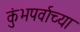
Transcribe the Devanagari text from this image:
कुंभपर्वाच्या